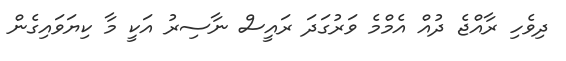
ދިވެހި ރާއްޖެ ދުއް އެމްމެ ވަރުގަދަ ރައީސް ނާސިރު އަކީ މާ ކިޔަވައިގެން